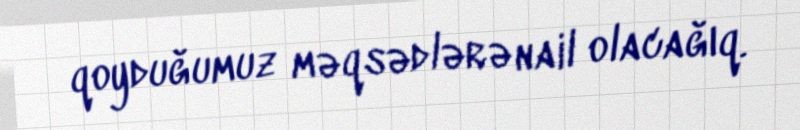
qoyduğumuz məqsədlərə nail olacağıq.